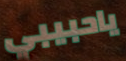
ياحبيبي